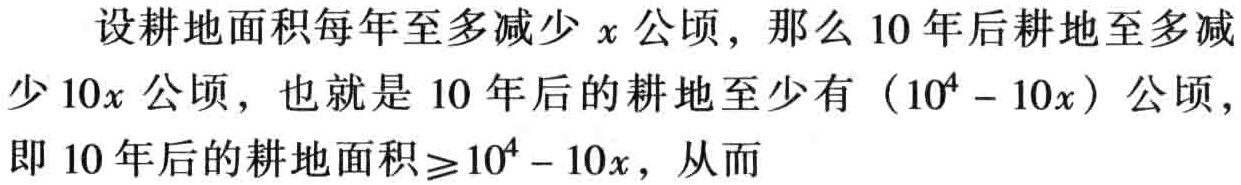
设耕地面积每年至多减少\(x\)公顷，那么\(10\)年后耕地至多减少\(10x\)公顷，也就是\(10\)年后的耕地至少有\((10^{4} - 10x)\)公顷，即\(10\)年后的耕地面积\(\geq10^{4} - 10x\)，从而